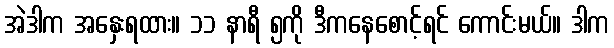
အဲဒါက အနှေးရထား။ ၁၁ နာရီ ၅ကို ဒီကနေစောင့်ရင် ကောင်းမယ်။ ဒါက